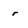
Character: r